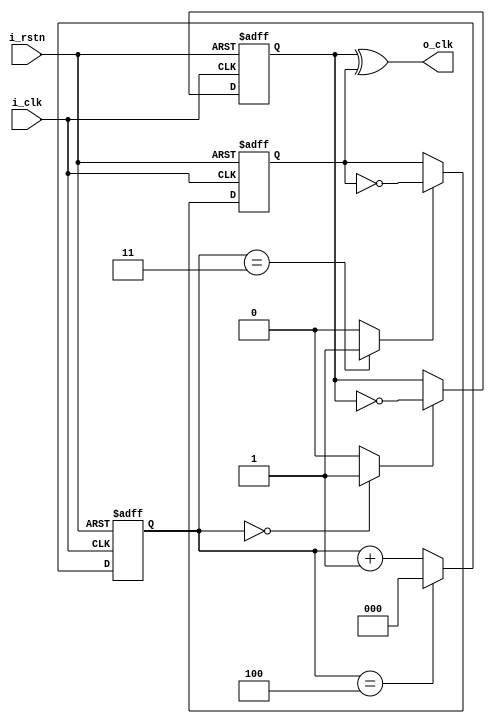
module clk_divider (
  input  i_clk,
  input  i_rstn,
  output o_clk
);
  reg [2:0] r_cnt;
  wire      w_slow_0, w_slow_90;
  reg       r_toggle_0, r_toggle_90;
  
  // mod 5 counter
  always @(posedge i_clk, negedge i_rstn) begin
    if (!i_rstn) begin
      r_cnt <= 0;
    end else begin
      r_cnt <= (r_cnt == 4) ? 0 : r_cnt + 1;
    end
  end
  
  // mod 5 pulses with 90 degree phase offset
  assign w_slow_0  = (r_cnt == 0) ? 1 : 0;
  assign w_slow_90 = (r_cnt == 3) ? 1 : 0;
  
  // toggle_0 on 0 degree mod 5 pulse on positive edge
  always @(posedge i_clk, negedge i_rstn) begin
    if (!i_rstn) begin
      r_toggle_0 <= 0;
    end else begin
      r_toggle_0 <= (w_slow_0 == 1) ? ~r_toggle_0 : r_toggle_0;
    end
  end
  
  // toggle_90 on 90 degree mod 5 pulse on falling edge
  always @(negedge i_clk, negedge i_rstn) begin
    if (!i_rstn) begin
      r_toggle_90 <= 0;
    end else begin
      r_toggle_90 <= (w_slow_90 == 1) ? ~r_toggle_90 : r_toggle_90;
    end
  end
  
  // xor the two toggling waveform to obtain /5 with 50% duty
  assign o_clk = r_toggle_0 ^ r_toggle_90;
  
endmodule